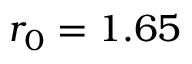
r _ { 0 } = 1 . 6 5